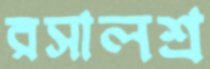
রসালশ্র